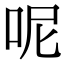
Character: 呢